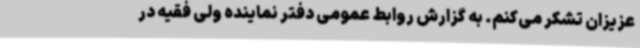
عزیزان تشکر می‌کنم. به گزارش روابط عمومی دفتر نماینده ولی فقیه در